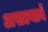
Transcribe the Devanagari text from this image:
असल्याबे